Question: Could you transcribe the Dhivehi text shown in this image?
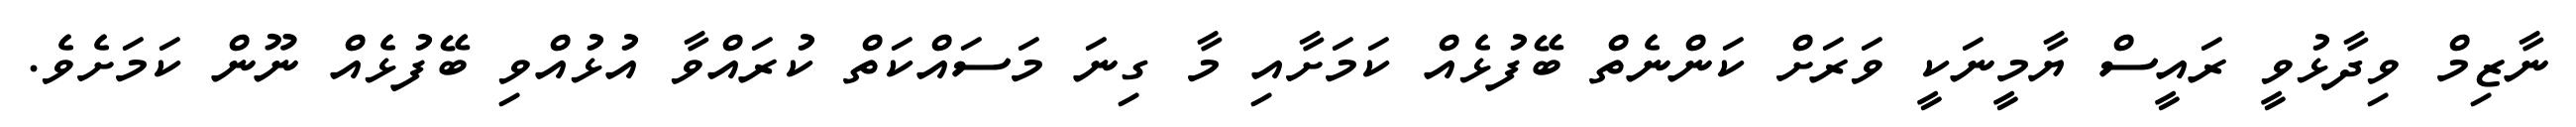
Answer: ނާޒިމް ވިދާޅުވީ ރައީސް ޔާމީނަކީ ވަރަށް ކަންނެތް ބޭފުޅެއް ކަމަށާއި މާ ގިނަ މަސައްކަތް ކުރައްވާ އުޅުއްވި ބޭފުޅެއް ނޫން ކަމަށެވެ.